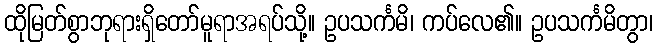
ထိုမြတ်စွာဘုရားရှိတော်မူရာအရပ်သို့။ ဥပသင်္ကမိ၊ ကပ်လေ၏။ ဥပသင်္ကမိတွာ၊